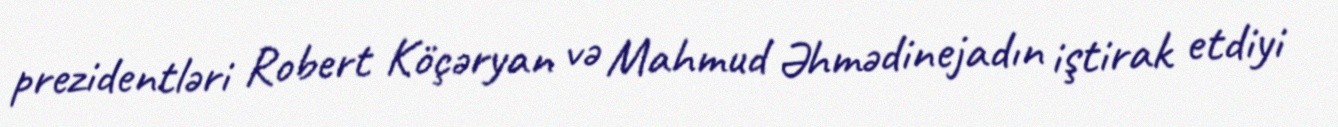
prezidentləri Robert Köçəryan və Mahmud Əhmədinejadın iştirak etdiyi